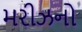
મરીઝનો